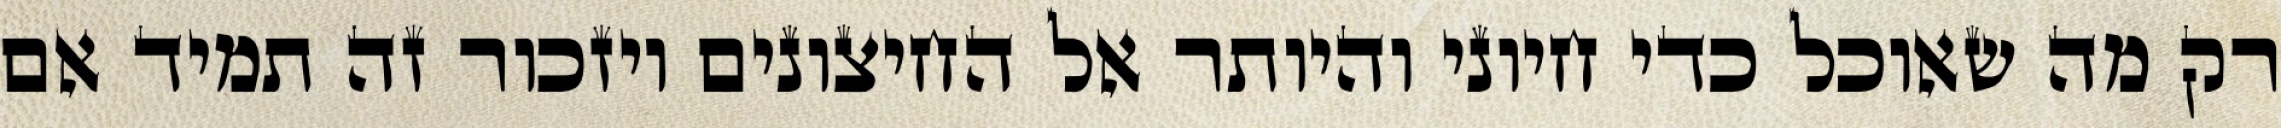
רק מה שאוכל כדי חיוני והיותר אל החיצונים ויזכור זה תמיד אם